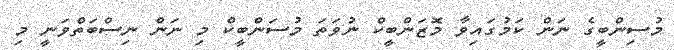
މުސިންބީގެ ނަން ކަމުގައިވާ މޮޒަންބީކް ނުވަތަ މުސަންބީކް މި ނަން ނިސްބަތްވަނީ މި